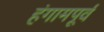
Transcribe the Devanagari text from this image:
हंगामपूर्व